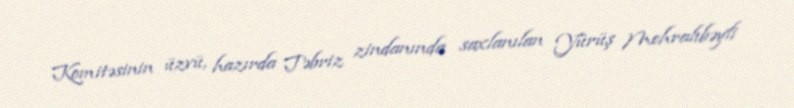
Komitəsinin üzvü, hazırda Təbriz zindanında saxlanılan Yürüş Mehralıbəyli